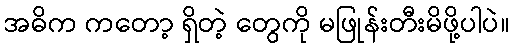
အဓိက ကတော့ ရှိတဲ့ တွေကို မဖြုန်းတီးမိဖို့ပါပဲ။